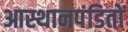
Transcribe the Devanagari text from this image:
आस्थानपंडितों